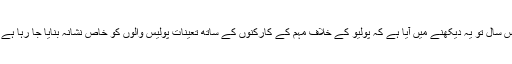
اس سال تو یہ دیکھنے میں آیا ہے کہ پولیو کے خلاف مہم کے کارکنوں کے ساتھ تعینات پولیس والوں کو خاص نشانہ بنایا جا رہا ہے ۔